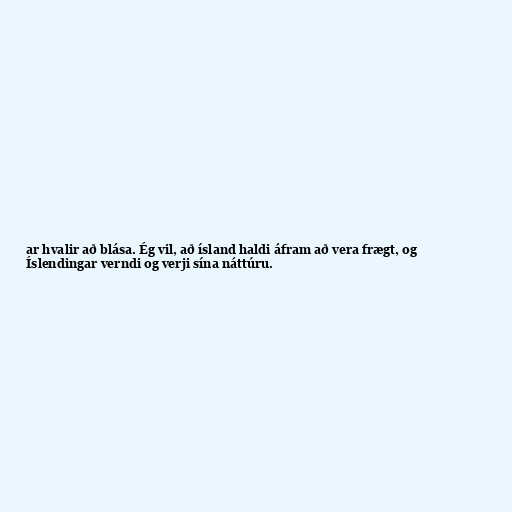
ar hvalir að blása. Ég vil, að ísland haldi áfram að vera frægt, og
Íslendingar verndi og verji sína náttúru.